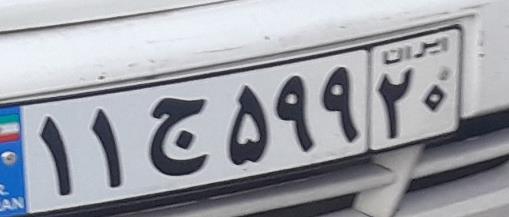
۱۱ج۵۹۹۲۰